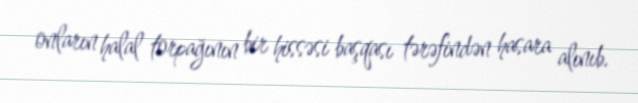
onların halal torpağının bir hissəsi başqası tərəfindən hasara alınıb.